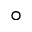
^ \circ